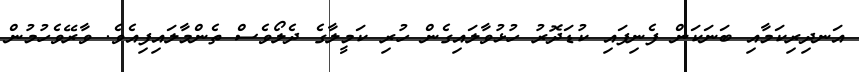
އަނދިރިކަމާއި ބަނަކަން ފެނިފައި ކުޑަދޮރު ހުޅުވާލައިގެން ހުރި ކަމީލާގެ ދެލޯވެސް ތެންމާލައިފިއެވެ. ވާރޭވެހުމުން